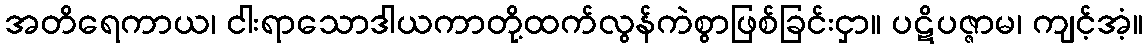
အတိရေကာယ၊ ငါးရာသောဒါယကာတို့ထက်လွန်ကဲစွာဖြစ်ခြင်းငှာ။ ပဋိပဇ္ဇာမ၊ ကျင့်အံ့။